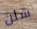
شلن